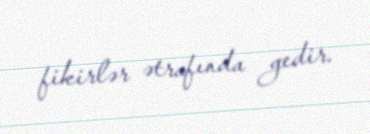
fikirlər ətrafında gedir.